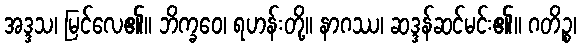
အဒ္ဒသ၊ မြင်လေ၏။ ဘိက္ခဝေ၊ ရဟန်းတို့။ နာဂဿ၊ ဆဒ္ဒန်ဆင်မင်း၏။ ဂတိဉ္စ၊